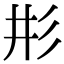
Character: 𢒈